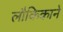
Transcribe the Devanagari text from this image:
लौकिकाने